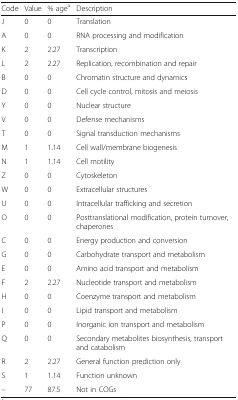
| Code | Value | % agea | Description |
 | --- | --- | --- | --- |
 | J | 0 | 0 | Translation |
 | A | 0 | 0 | RNA processing and modification |
 | K | 2 | 2.27 | Transcription |
 | L | 2 | 2.27 | Replication, recombination and repair |
 | B | 0 | 0 | Chromatin structure and dynamics |
 | D | 0 | 0 | Cell cycle control, mitosis and meiosis |
 | Y | 0 | 0 | Nuclear structure |
 | V | 0 | 0 | Defense mechanisms |
 | T | 0 | 0 | Signal transduction mechanisms |
 | M | 1 | 1.14 | Cell wall/membrane biogenesis |
 | N | 1 | 1.14 | Cell motility |
 | Z | 0 | 0 | Cytoskeleton |
 | W | 0 | 0 | Extracellular structures |
 | U | 0 | 0 | Intracellular trafficking and secretion |
 | O | 0 | 0 | Posttranslational modification, protein turnover, chaperones |
 | C | 0 | 0 | Energy production and conversion |
 | G | 0 | 0 | Carbohydrate transport and metabolism |
 | E | 0 | 0 | Amino acid transport and metabolism |
 | F | 2 | 2.27 | Nucleotide transport and metabolism |
 | H | 0 | 0 | Coenzyme transport and metabolism |
 | I | 0 | 0 | Lipid transport and metabolism |
 | P | 0 | 0 | Inorganic ion transport and metabolism |
 | Q | 0 | 0 | Secondary metabolites biosynthesis, transport and catabolism |
 | R | 2 | 2.27 | General function prediction only |
 | S | 1 | 1.14 | Function unknown |
 | – | 77 | 87.5 | Not in COGs |